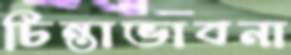
চিন্তাভাবনা